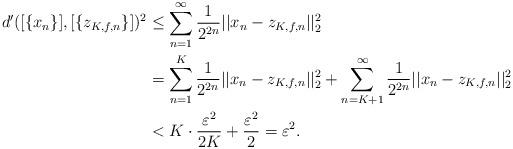
LaTeX: \begin{align*}d'([\left\{x_n\right\}],[\left\{z_{K,f,n}\right\}])^2 & \leq \sum_{n=1}^{\infty} \frac{1}{2^{2n}}||x_n - z_{K,f,n}||_2^2\\ & = \sum_{n=1}^K \frac{1}{2^{2n}}||x_n - z_{K,f,n}||_2^2+\sum_{n=K+1}^{\infty}\frac{1}{2^{2n}}||x_n - z_{K,f,n}||_2^2\\ & < K\cdot\frac{\varepsilon^2}{2K} + \frac{\varepsilon^2}{2} = \varepsilon^2.\end{align*}